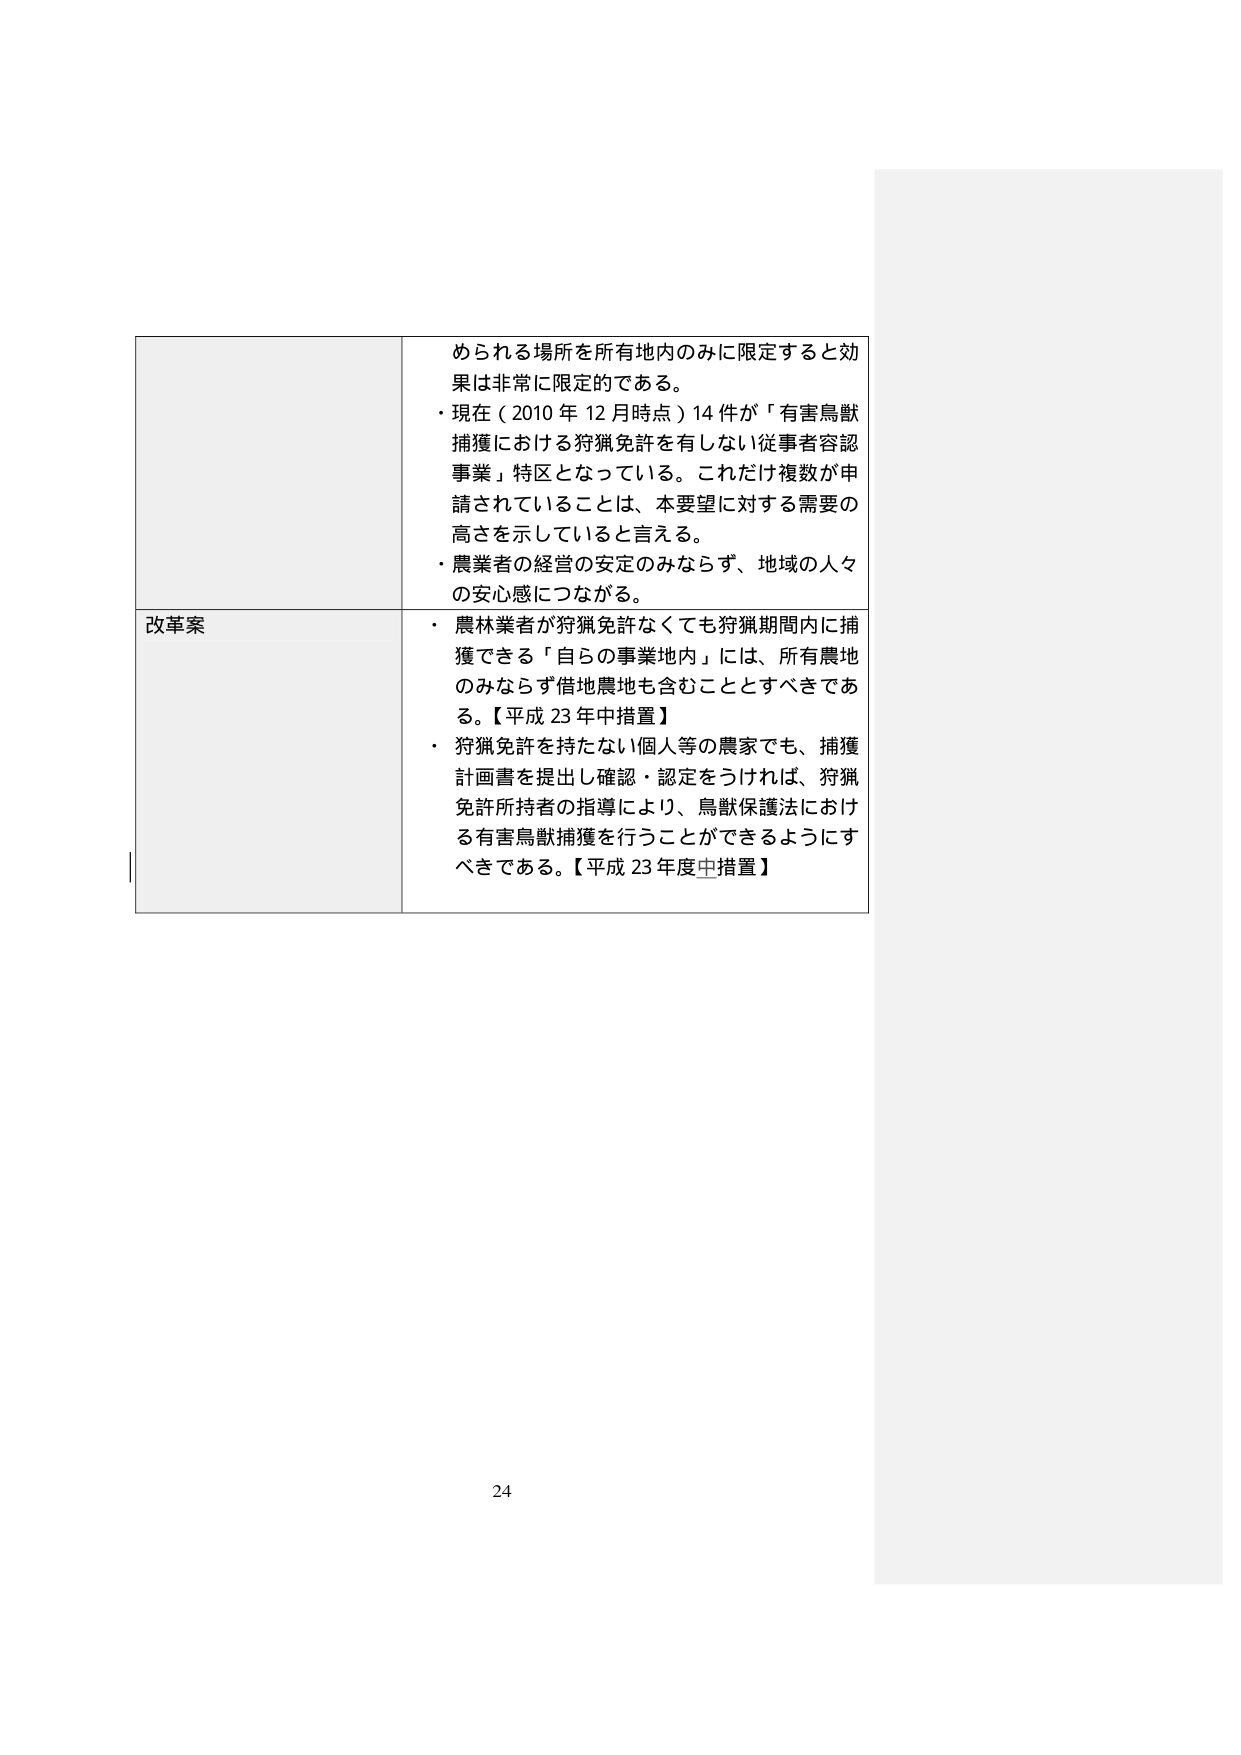
められる場所を所有地内のみに限定すると効果は非常に限定的である。
・現在（2010年12月時点）14件が「有害鳥獣捕獲における狩猟免許を有しない従事者容認事業」特区となっている。これだけ複数が申請されていることは、本要望に対する需要の高さを示していると言える。
・農業者の経営の安定のみならず、地域の人々の安心感につながる。

改革案
・農林業者が狩猟免許なくても狩猟期間内に捕獲できる「自らの事業地内」には、所有農地のみならず借地農地も含むこととすべきである。【平成23年中措置】
・狩猟免許を持たない個人等の農家でも、捕獲計画書を提出し確認・認定をうければ、狩猟免許所持者の指導により、鳥獣保護法における有害鳥獣捕獲を行うことができるようにすべきである。【平成23年度中措置】

24